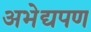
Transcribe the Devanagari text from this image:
अभेद्यपण